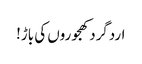
اردگرد کھجوروں کی باڑ!